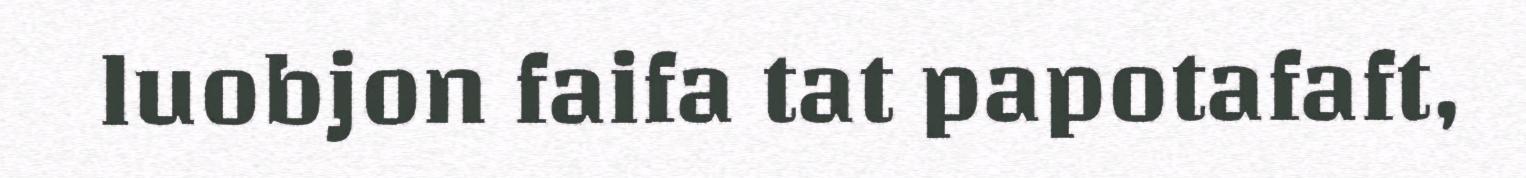
luobjon faifa tat papotafaft,